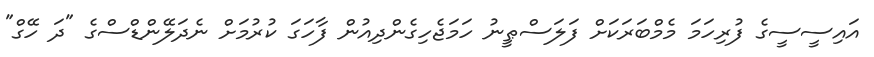
އައިސީސީގެ ފުރިހަމަ މެމްބަރަކަށް ފަލަސްޠީނު ހަމަޖެހިގެންދިއުން ފާހަގަ ކުރުމަށް ނެދަލޭންޑްސްގެ "ދަ ހޭގް"